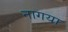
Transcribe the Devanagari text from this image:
नागया